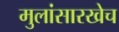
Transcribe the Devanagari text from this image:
मुलांसारखेच